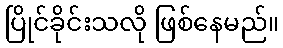
ပြိုင်ခိုင်းသလို ဖြစ်နေမည်။